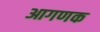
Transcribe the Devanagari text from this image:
आगणक